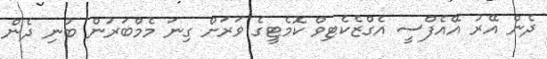
ދެން އޭރު އޭއެފްސީ އެގްޒެކެޓިވް ކޮމެޓީގެ ވަރަށް ގިނަ މެމްބަރުން ބުނި ދެން